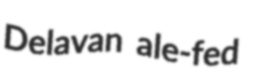
Delavan ale-fed